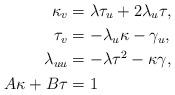
LaTeX: \begin{align*}\kappa_{v} & =\lambda\tau_{u}+2\lambda_{u}\tau,\\\tau_{v} & =-\lambda_{u}\kappa-\gamma_{u},\\\lambda_{uu} & =-\lambda\tau^{2}-\kappa\gamma,\\A\kappa+B\tau & =1\end{align*}